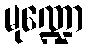
မုဏ္ဍော